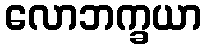
လောဘက္ခယာ